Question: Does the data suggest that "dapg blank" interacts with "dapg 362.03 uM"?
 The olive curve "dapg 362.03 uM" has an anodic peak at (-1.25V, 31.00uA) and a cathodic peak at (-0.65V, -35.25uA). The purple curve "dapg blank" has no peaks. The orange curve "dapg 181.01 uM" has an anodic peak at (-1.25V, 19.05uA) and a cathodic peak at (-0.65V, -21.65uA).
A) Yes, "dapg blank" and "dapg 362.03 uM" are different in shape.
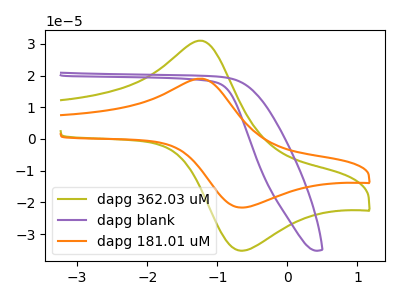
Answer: <think>"dapg blank" and "dapg 362.03 uM" have a different number of peaks.
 </think>
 <answer>A) Yes, "dapg blank" and "dapg 362.03 uM" are different in shape.</answer>
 <eval>A</eval>